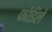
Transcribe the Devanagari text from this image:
फोडिले